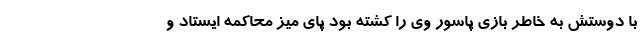
با دوستش به خاطر بازی پاسور وی را کشته بود پای میز محاکمه ایستاد و